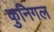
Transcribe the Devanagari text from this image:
कुनिगल